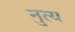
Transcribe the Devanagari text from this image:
नुत्य